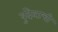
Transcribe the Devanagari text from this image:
बुंदेलाची